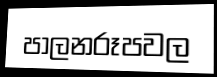
පාලනරූපවල